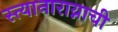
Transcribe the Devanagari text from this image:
स्त्यानाराय्नाची